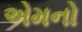
એમનો